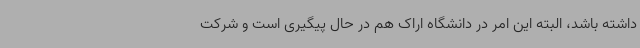
داشته باشد، البته این امر در دانشگاه اراک هم در حال پیگیری است و شرکت